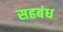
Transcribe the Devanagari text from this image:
सहबंध